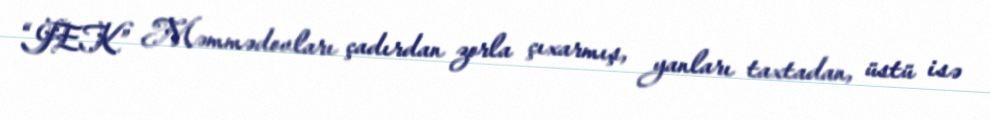
“JEK” Məmmədovları çadırdan zorla çıxarmış, yanları taxtadan, üstü isə